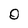
Character: 0